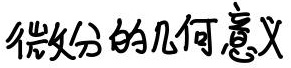
微分的几何意义